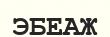
ЭБЕАЖ